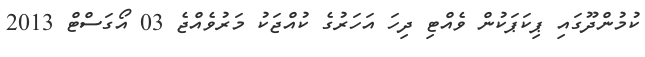
ކުމުންދޫގައި ޕިކަޕަކުން ވެއްޓި ދިހަ އަހަރުގެ ކުއްޖަކު މަރުވެއްޖެ 03 އޯގަސްޓް 2013